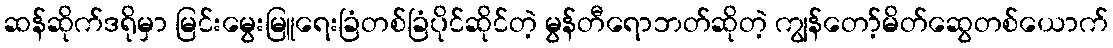
ဆန်ဆိုက်ဒရိုမှာ မြင်းမွေးမြူရေးခြံတစ်ခြံပိုင်ဆိုင်တဲ့ မွန်တီရောဘတ်ဆိုတဲ့ ကျွန်တော့်မိတ်ဆွေတစ်ယောက်